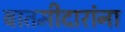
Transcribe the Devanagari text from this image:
बातमीदारांना